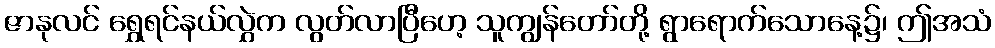
ဇာနုလင် ရွှေရင်နယ်လွှဲက လွတ်လာပြီဟေ့ သူကျွန်တော်တို့ ရွာရောက်သောနေ့၌၊ ဤအသံ